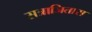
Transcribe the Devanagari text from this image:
सत्राजितास